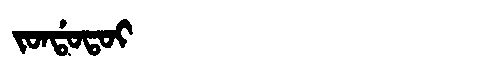
Manchu: ᠵᠣᠨᡩᠣᡨᠣᡳ
Romanization: JONDOTOI